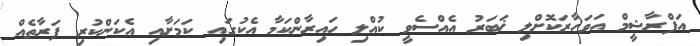
އަފްރާޝީމް އަވަހާރަކޮށްލި ޚަބަރު އެއްސެވީ ކުއްލި ހައިރާންކަމާ އެކުގައި ކަމަށާއި އެކަންކުރި ފަރާތެއް